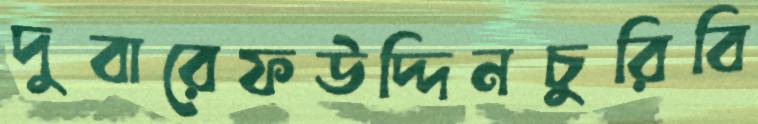
দুবারেফউদ্দিনচুরিবি